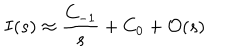
LaTeX: I ( s ) \approx \frac { C _ { - 1 } } { s } + C _ { 0 } + \mathcal { O } ( s )